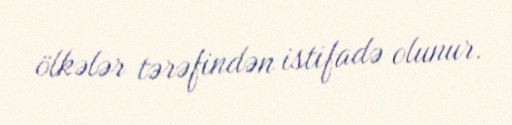
ölkələr tərəfindən istifadə olunur.